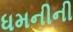
ધમનીની